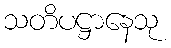
သတိပဋ္ဌာနေသု